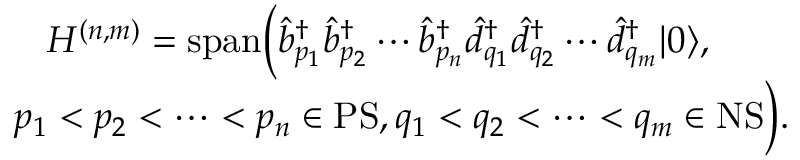
\begin{array} { r } { { \cal H } ^ { ( n , m ) } = \mathrm { s p a n } \Bigl ( \hat { b } _ { p _ { 1 } } ^ { \dagger } \hat { b } _ { p _ { 2 } } ^ { \dagger } \cdots \hat { b } _ { p _ { n } } ^ { \dagger } \hat { d } _ { q _ { 1 } } ^ { \dagger } \hat { d } _ { q _ { 2 } } ^ { \dagger } \cdots \hat { d } _ { q _ { m } } ^ { \dagger } \ensuremath { \vert 0 \rangle } , \phantom { x x x x } } \\ { p _ { 1 } < p _ { 2 } < \cdots < p _ { n } \in \ensuremath { \mathrm { P S } } , q _ { 1 } < q _ { 2 } < \cdots < q _ { m } \in \ensuremath { \mathrm { N S } } \Bigl ) . } \end{array}